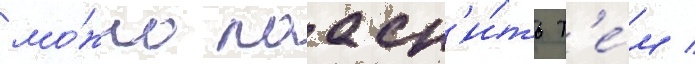
мо́жно поасн'и́ть т'е́м /